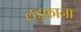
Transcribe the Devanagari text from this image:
लड़काना